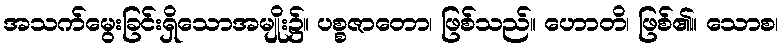
အသက်မွေးခြင်းရှိသောအမျိုး၌။ ပစ္စဇာတော၊ ဖြစ်သည်။ ဟောတိ၊ ဖြစ်၏။ သောစ၊